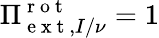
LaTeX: \Pi_{\mathrm{~e~x~t~},I/\nu}^{\mathrm{~r~o~t~}}=1